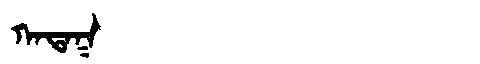
Manchu: ᡴᠠᡨᠠᡴ
Romanization: KATAK